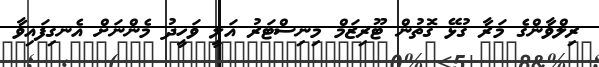
ރިލްވާންގެ މަރާ ގުޅޭ ގޮތުން ޓޫރިޒަމް މިނިސްޓަރު އަލީ ވަހީދު މެންނަށް އެނގިފައިވާ